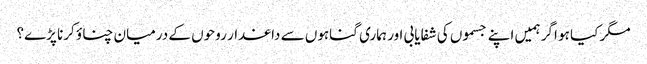
مگر کیا ہو اگر ہمیں اپنے جسموں کی شفایابی اور ہماری گناہوں سے داغدار روحوں کے درمیان چناؤ کرنا پڑے؟